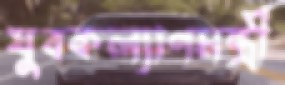
যুবকল্যাণমন্ত্রী